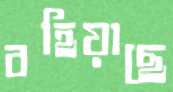
বহিয়াছে